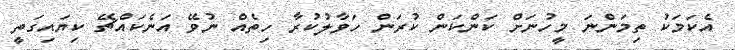
އެކަމަކު ތިމަންނަ މީހުނަށް ކަންކަން ކުރަން ހަވާލުކުރާ ހިތެއް ނުވޭ އަނެކައްޗޭ ކިޔައިގަތީ